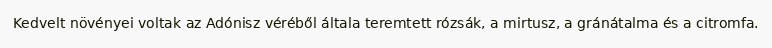
Kedvelt növényei voltak az Adónisz véréből általa teremtett rózsák, a mirtusz, a gránátalma és a citromfa.